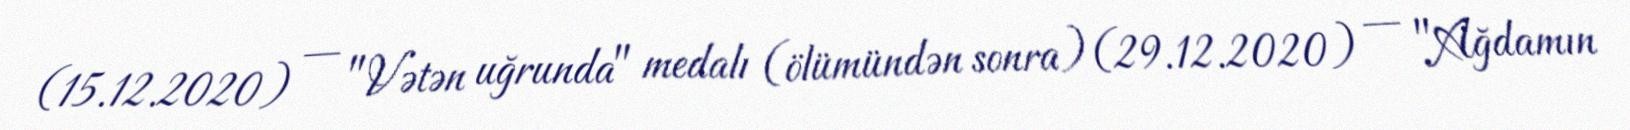
(15.12.2020) — "Vətən uğrunda" medalı (ölümündən sonra) (29.12.2020) — "Ağdamın